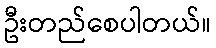
ဦးတည်စေပါတယ်။